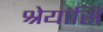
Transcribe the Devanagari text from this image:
श्रेयांसि